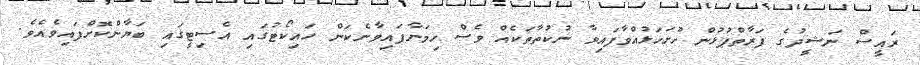
ރައީސް ނަޝީދުގެ ފަރާތްޕުޅުން ހުށަހަޅުއްވާފައިވާ ނުކުތާތަކެއް ވެސް ހިމަނާފައިވާނެކަން ހައިކޯޓުގައި އެސިޓީގައި ބަޔާންކޮށްފައިވެއެވެ.